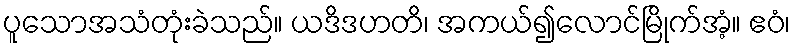
ပူသောအသံတုံးခဲသည်။ ယဒိဒဟတိ၊ အကယ်၍လောင်မြိုက်အံ့။ ဧဝံ၊